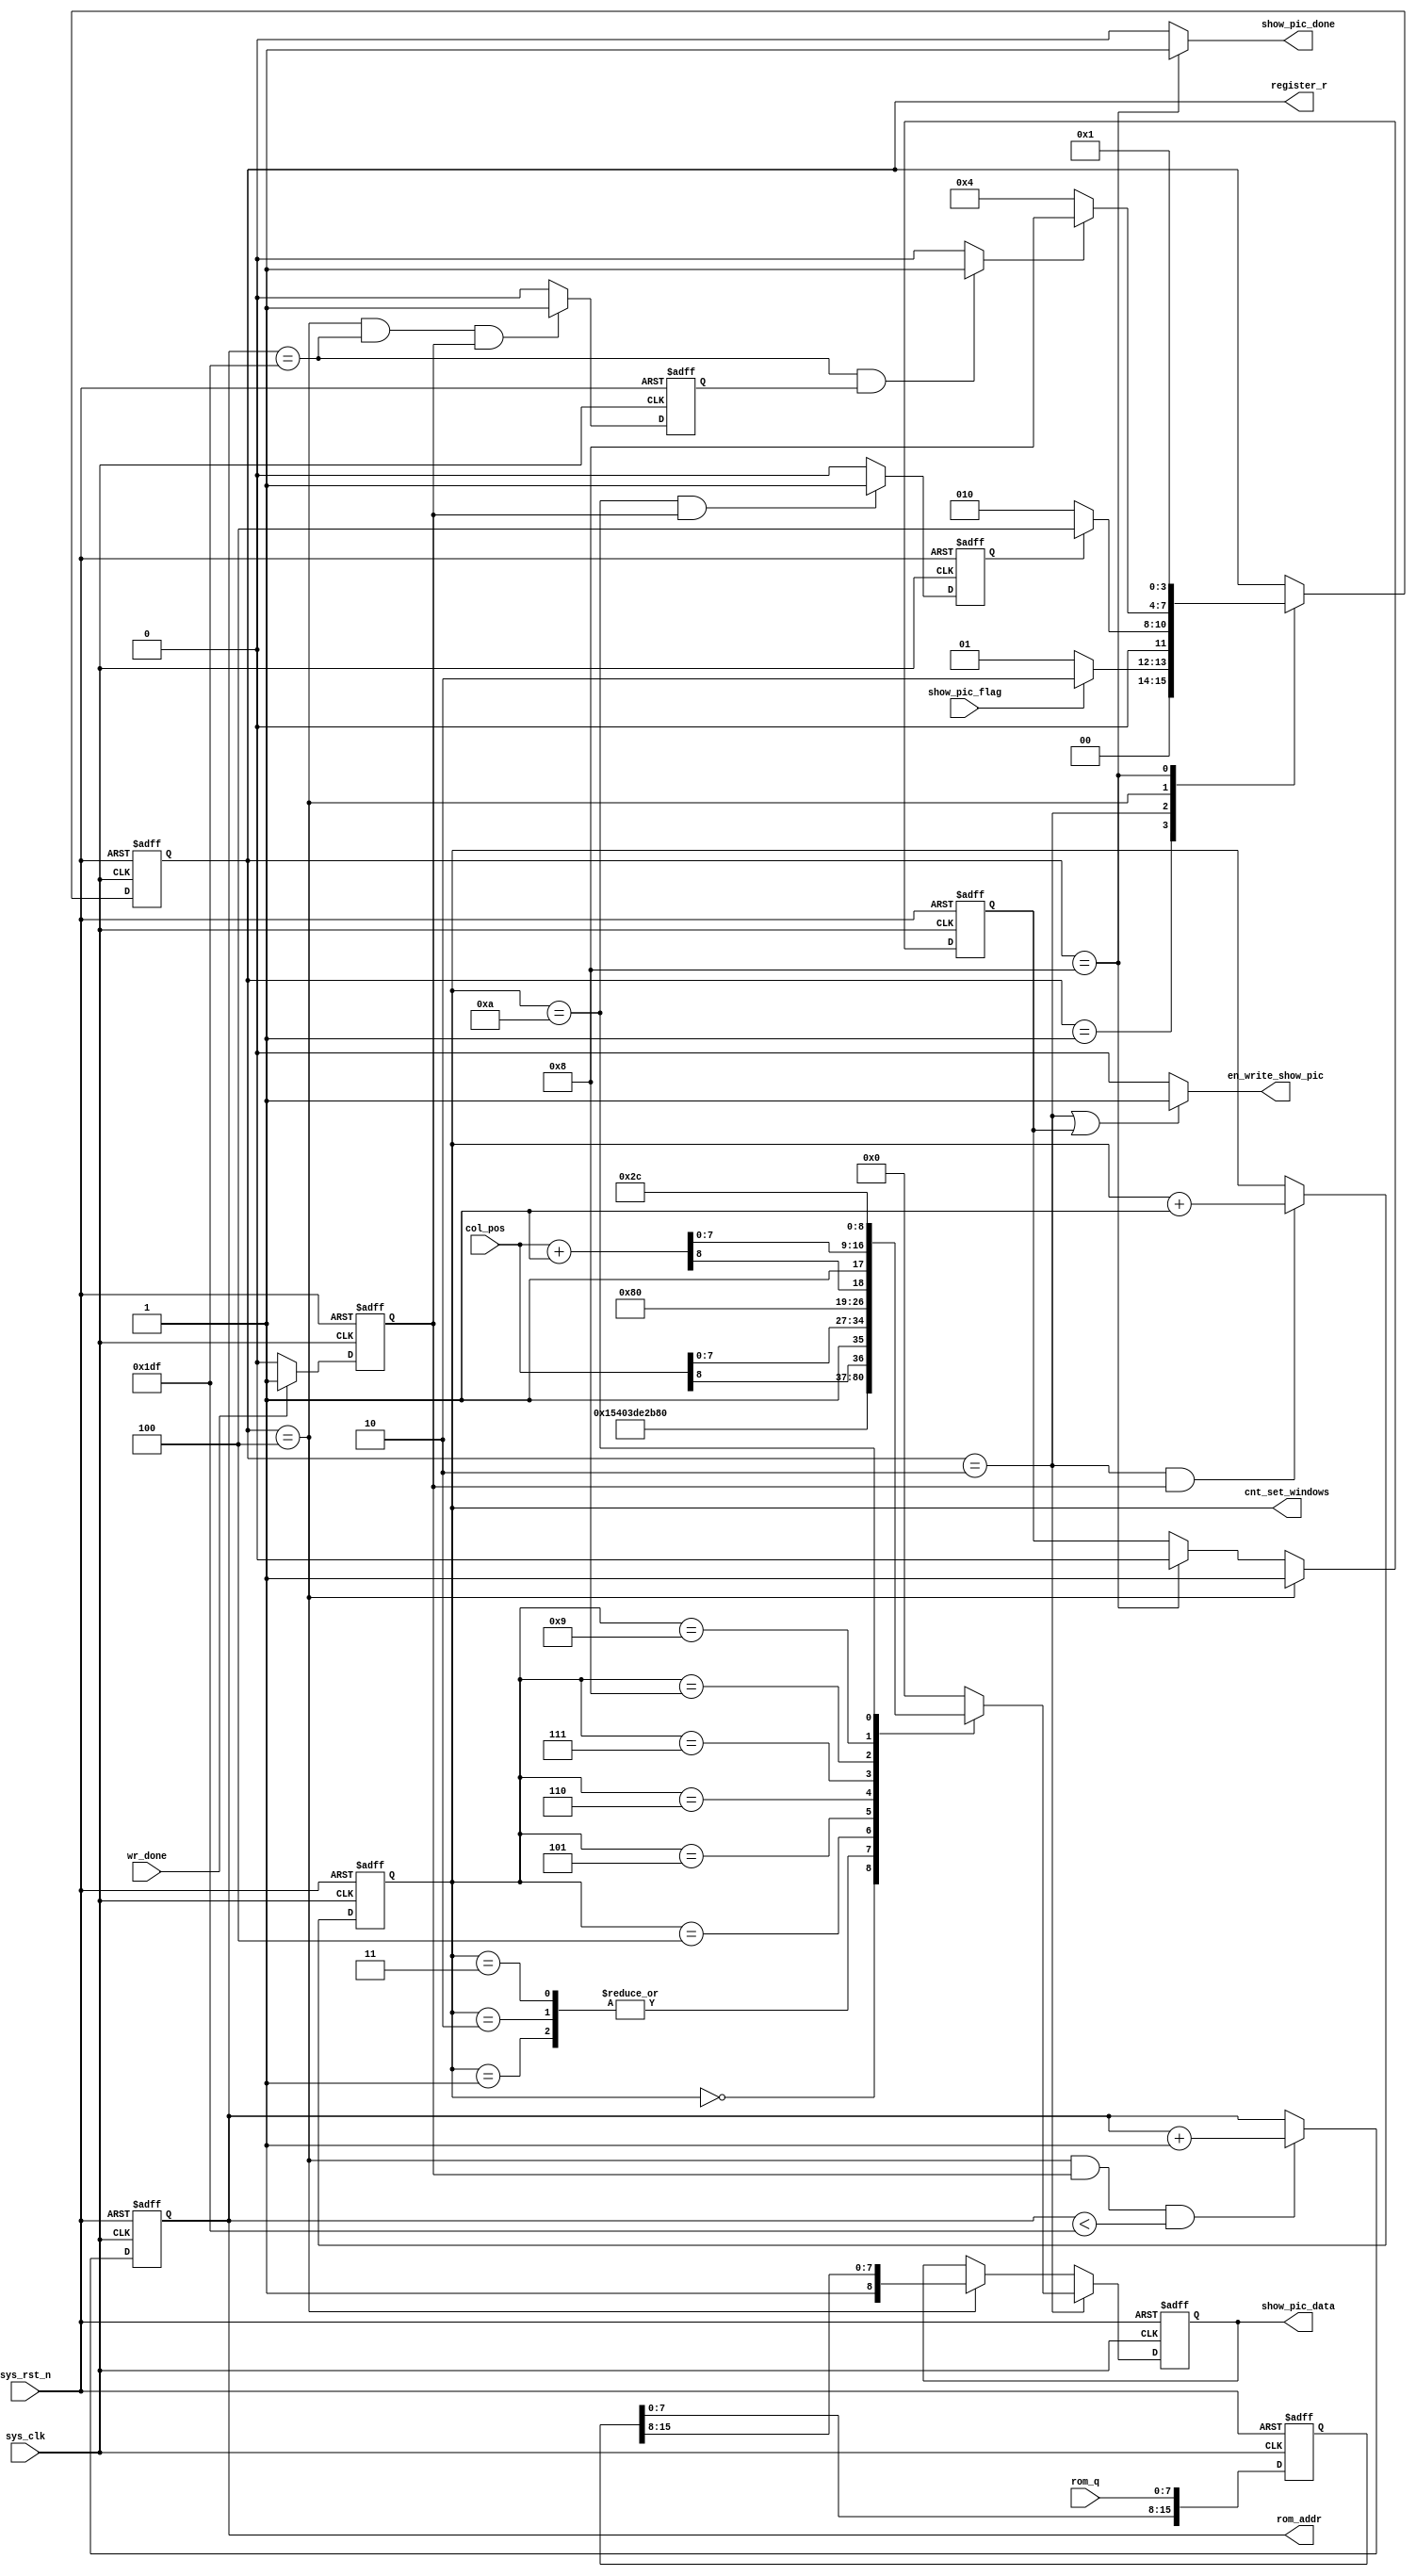
module lcd_show_row (input wire sys_clk,
                     input wire sys_rst_n,
                     input wire wr_done,
                     input wire show_pic_flag,        //
                     input wire [8:0] col_pos,
                     input wire [7:0] rom_q,
                     output  [8:0] rom_addr,
                     output wire [8:0] show_pic_data, //??
                     output wire show_pic_done,
                     output wire [3:0] register_r,
                     output reg  [3:0] cnt_set_windows,
                     output wire en_write_show_pic);
    
    //****************** Parameter and Internal Signal *******************//
    
    
    parameter SIZE_WIDTH_MAX  = 9'd479;
    parameter SIZE_LENGTH_MAX = 9'd319;
    
    parameter STATE0 = 4'b0_001;
    parameter STATE1 = 4'b0_010;
    parameter STATE2 = 4'b0_100;
    parameter DONE   = 4'b1_000;
    
    //???????????
    reg  [3:0] state;
    assign register_r=state;
    /*wr_done ??*/
    reg          the1_wr_done;
    //
    // reg  [3:0] cnt_set_windows;
    
    //??????STATE1STATE2??
    reg          state1_finish_flag;
    
    //rom
    reg  [2:0] cnt_rom_prepare;
    
    //romtemp
    reg  [15:0] temp;
    
    //??1
    reg          length_num_flag;
    
    //??
    reg  [8:0] cnt_length_num;
    
    //??
    reg  [9:0] cnt_wr_color_data;
    
    //???????????
    reg  [8:0] data;
    
    //??????STATE2DONE??
    wire         state2_finish_flag;
    
    reg [8:0] col_pos_temp;
    always @(*)
        col_pos_temp <= col_pos+1'b1;
    
    //???????????
    always @(posedge sys_clk or negedge sys_rst_n)
        if (!sys_rst_n) state <= STATE0;
        else
        case (state)
            STATE0: state <= (show_pic_flag) ? STATE1 : STATE0;
            STATE1: state <= (state1_finish_flag) ? STATE2 : STATE1;
            STATE2: state <= (state2_finish_flag) ? DONE : STATE2;
            DONE:   state <= STATE0;
        endcase
        /* spi????wr_done*/
        always @(posedge sys_clk or negedge sys_rst_n)
            if (!sys_rst_n) the1_wr_done   <= 1'b0;
            else if (wr_done) the1_wr_done <= 1'b1;
            else the1_wr_done              <= 1'b0;
    
    //??
    always @(posedge sys_clk or negedge sys_rst_n)
        if (!sys_rst_n) cnt_set_windows <= 'd0;
        else if (state == STATE1 && the1_wr_done) cnt_set_windows <= cnt_set_windows + 1'b1;
        else cnt_set_windows <= cnt_set_windows;
    
    //??????STATE1STATE2??
    always @(posedge sys_clk or negedge sys_rst_n)
        if (!sys_rst_n) state1_finish_flag <= 1'b0;
        else if (cnt_set_windows == 'd10 && the1_wr_done) state1_finish_flag <= 1'b1;
        else state1_finish_flag <= 1'b0;
        /*,??*/
    
    always@(posedge sys_clk or negedge sys_rst_n)
    if(!sys_rst_n)  
        cnt_rom_prepare <= 'd0;
    else if(length_num_flag)
        cnt_rom_prepare <= 'd0;
    else if(state == STATE2 && cnt_rom_prepare < 'd5)
        cnt_rom_prepare <= cnt_rom_prepare + 1'b1;
        
    reg en_state2_flag;
    always@(posedge sys_clk or negedge sys_rst_n)
    if(!sys_rst_n)  en_state2_flag<=1'b0;
    else if(state == STATE2) en_state2_flag<=1'b1;
    else if(state == DONE) en_state2_flag<=1'b0;
    else en_state2_flag <= en_state2_flag;


    reg [8:0] rom_data_index;
    assign rom_addr=rom_data_index;
    always @(posedge sys_clk or negedge sys_rst_n)
        if (!sys_rst_n) rom_data_index <= 0;
        else if (state == STATE2 && the1_wr_done && rom_data_index < SIZE_WIDTH_MAX)  rom_data_index <= rom_data_index+1'b1;
        else  rom_data_index <= rom_data_index;
    
    always @(posedge sys_clk or negedge sys_rst_n)
        if (!sys_rst_n)  temp <= 'd0;
        else temp             <= {temp[7:0],rom_q};
    
    //??1
    always@(posedge sys_clk or negedge sys_rst_n)
        if (!sys_rst_n)
            length_num_flag <= 1'b0;
            else if (
            state == STATE2 &&
            rom_data_index == SIZE_WIDTH_MAX &&
            the1_wr_done
            )
            length_num_flag <= 1'b1;
        else
            length_num_flag <= 1'b0;
    
    //???????????
    always @(posedge sys_clk or negedge sys_rst_n)
        if (!sys_rst_n) data <= 9'h000;
        else if (state == STATE1)
        case (cnt_set_windows)
            0: data       <= 9'h02A;
            1: data       <= {1'b1, 8'h00};
            2: data       <= {1'b1, 8'h00};
            3: data       <= {1'b1, 8'h00};
            4: data       <= {1'b1, 8'hef};  //239
            5: data       <= 9'h02B;
            6: data       <= {1'b1, 7'h00,col_pos[8]};
            7: data       <= {1'b1, col_pos[7:0]};
            8: data       <= {1'b1, 7'h00,col_pos_temp[8]};
            9: data       <= {1'b1, col_pos_temp[7:0]};  //319
            10: data      <= 9'h02C;
            default: data <= 9'h000;
        endcase
        else if (state == STATE2)
        data <= {1'b1,temp[15:8]};
    
    else data <= data;
    
    //??????STATE2DONE??
    assign state2_finish_flag = (
    (
    (rom_data_index == SIZE_WIDTH_MAX)
    ) &&
    length_num_flag
    ) ? 1'b1 : 1'b0;
    
    //
    assign show_pic_data     = data;
    assign en_write_show_pic = (state == STATE1 || en_state2_flag) ? 1'b1 : 1'b0;
    assign show_pic_done     = (state == DONE) ? 1'b1 : 1'b0;
    
    
endmodule